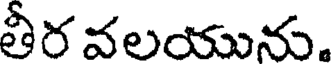
తీర వలయును.